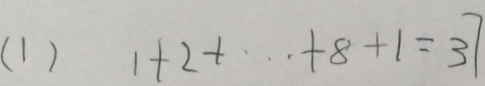
( 1 ) 1 + 2 + \cdots + 8 + 1 = 3 7